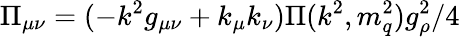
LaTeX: \Pi_{\mu\nu}=(-k^{2}g_{\mu\nu}+k_{\mu}k_{\nu})\Pi(k^{2},m_{q}^{2})g_{\rho}^{2}/4